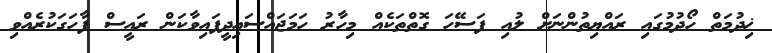
ޚިދުމަތް ހޯދުމުގައި ރައްޔިތުންނަށް ލުއި ފަސޭހަ ގޮތްތަކެއް މިހާރު ހަމަޖައްސައިދީފައިވާކަން ރައީސް ފާހަގަކުރެއްވި